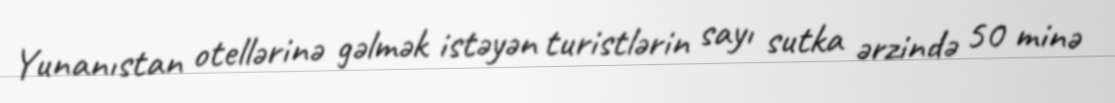
Yunanıstan otellərinə gəlmək istəyən turistlərin sayı sutka ərzində 50 minə